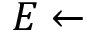
E \gets